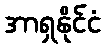
အာရှနိုင်ငံ